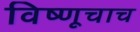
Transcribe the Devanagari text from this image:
विष्णूचाच